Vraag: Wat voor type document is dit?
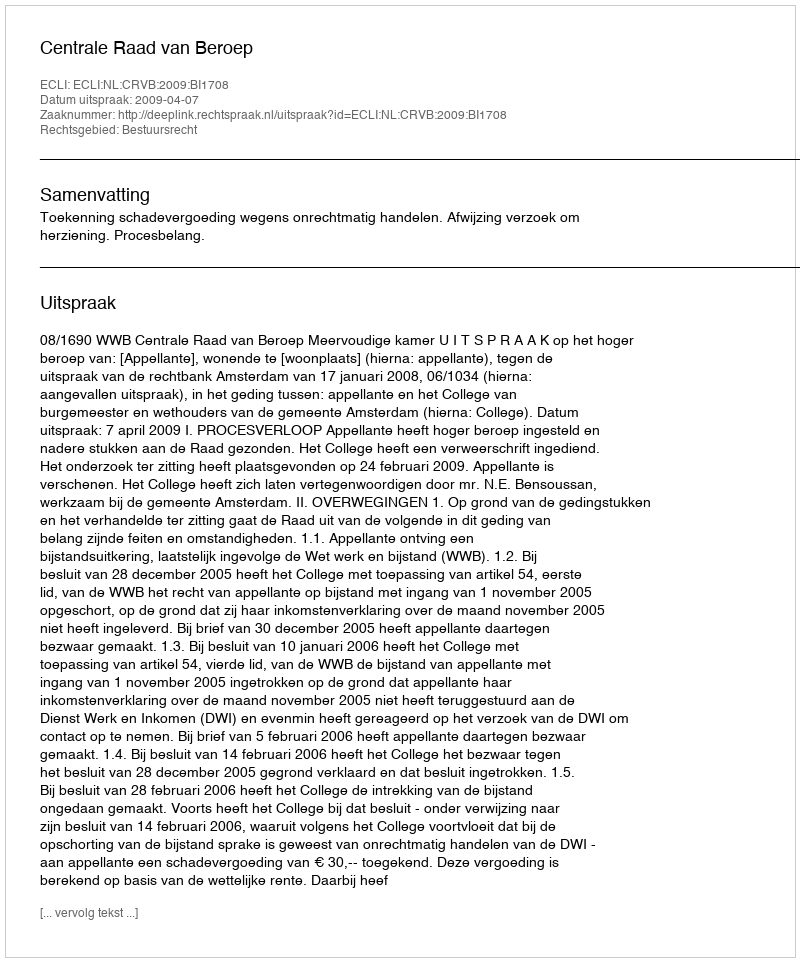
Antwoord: Uitspraak